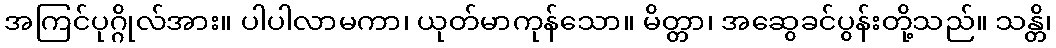
အကြင်ပုဂ္ဂိုလ်အား။ ပါပါလာမကာ၊ ယုတ်မာကုန်သော။ မိတ္တာ၊ အဆွေခင်ပွန်းတို့သည်။ သန္တိ၊